65_HS1-834228961_62-HQ-83894_Section_5
Agency: FBI
Page 179
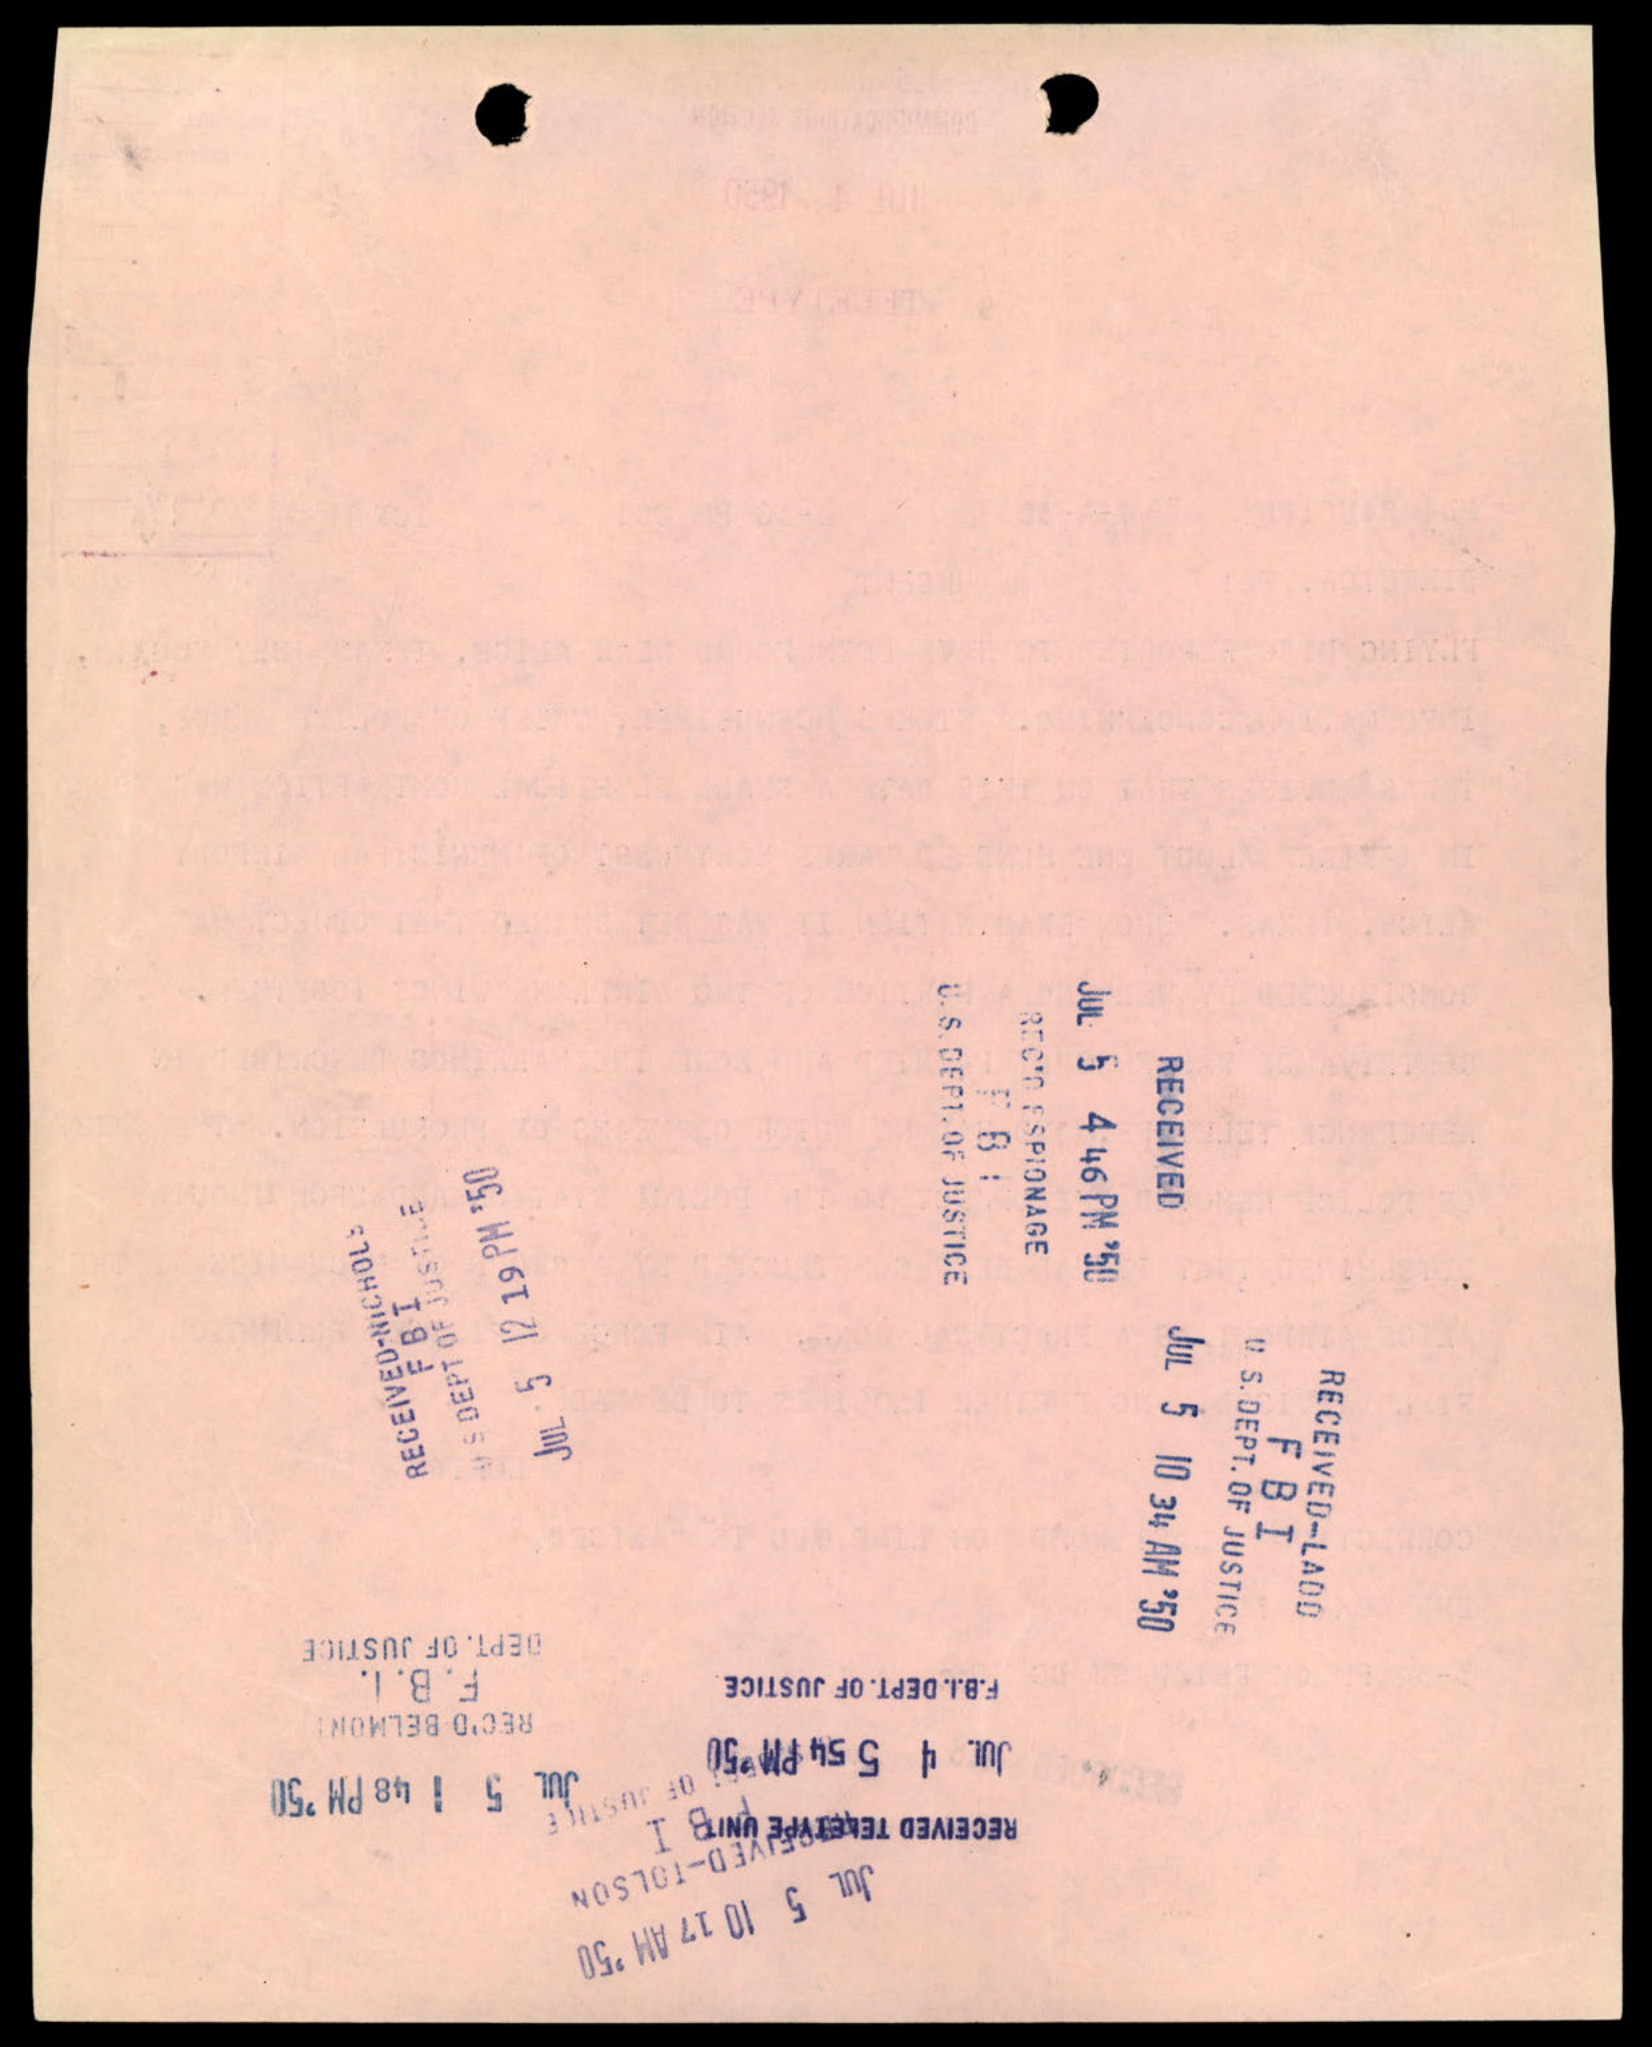